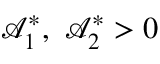
\mathcal { A } _ { 1 } ^ { \ast } , ~ \mathcal { A } _ { 2 } ^ { \ast } > 0